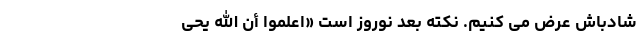
شادباش عرض می کنیم. نکته بعد نوروز است «اِعلَمُوا أَنَّ اللَّهَ یُحیِ